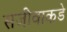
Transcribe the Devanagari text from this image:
सजीवाकडे